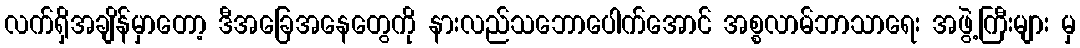
လက်ရှိအချိန်မှာတော့ ဒီအခြေအနေတွေကို နားလည်သဘောပေါက်အောင် အစ္စလာမ်ဘာသာရေး အဖွဲ့ကြီးများ မှ